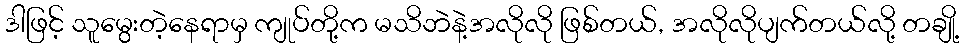
ဒါဖြင့် သူမွေးတဲ့နေရာမှ ကျုပ်တို့က မသိဘဲနဲ့အလိုလို ဖြစ်တယ်, အလိုလိုပျက်တယ်လို့ တချို့